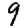
Digit: 9